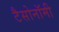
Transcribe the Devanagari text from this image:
टैसोनॉमी